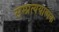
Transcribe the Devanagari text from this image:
सम्प्रत्ययात्मक